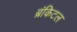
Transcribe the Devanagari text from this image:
ब्रंकिटल